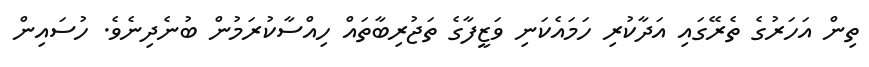
ތިން އަހަރުގެ ތެރޭގައި އަދާކުރި ހަމައެކަނި ވަޒީފާގެ ތަޖުރިބާތައް ހިއްސާކުރަމުން ބުނެދިނެވެ. ހުސައިން